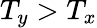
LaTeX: T_{y}>T_{x}